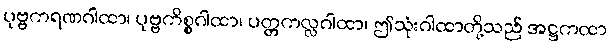
ပုဗ္ဗကရဏဂါထာ၊ ပုဗ္ဗကိစ္စဂါထာ၊ ပတ္တကလ္လဂါထာ၊ ဤသုံးဂါထာတို့သည် အဋ္ဌကထာ